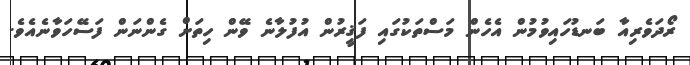
ރޯދަވެރިއާ ބަނޑުހައިވުމުން އެހެން މަސްތަކުގައި ފަޤީރުން އުފުލާނެ ވޭން ހިތަށް ގެންނަން ފަސޭހަވާނެއެވެ.